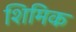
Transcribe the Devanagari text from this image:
शिमिक